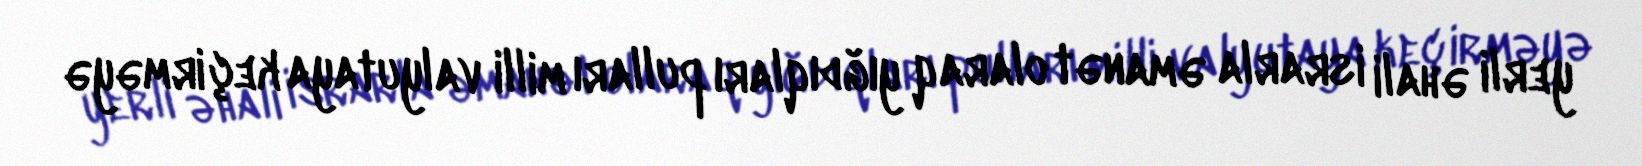
yerli əhali israrla əmanət olaraq yığdıqları pulları milli valyutaya keçirməyə